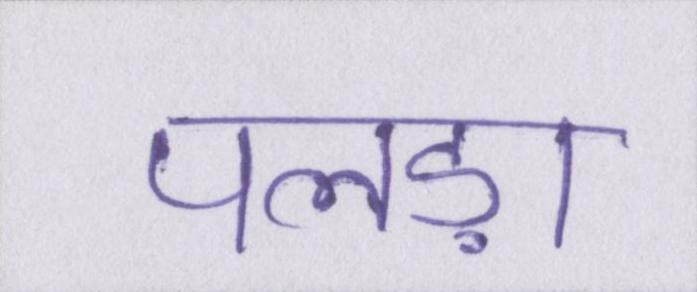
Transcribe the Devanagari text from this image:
पलड़ा